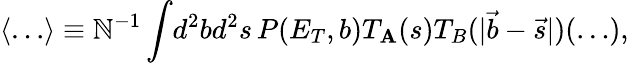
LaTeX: \langle\ldots\rangle\equiv\mathbb{N}^{-1}\int\! d^{2}bd^{2}s\, P(E_{T},b)T_{\mathbf{A}}(s)T_{B}(|\vec{{b}}-\vec{{s}}|)(\ldots),